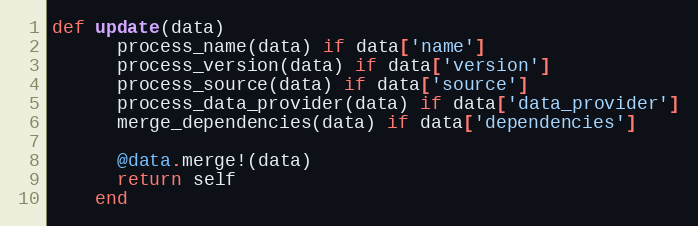
Language: Ruby
def update(data)
      process_name(data) if data['name']
      process_version(data) if data['version']
      process_source(data) if data['source']
      process_data_provider(data) if data['data_provider']
      merge_dependencies(data) if data['dependencies']

      @data.merge!(data)
      return self
    end